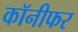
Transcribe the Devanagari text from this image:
कॉनीफर